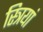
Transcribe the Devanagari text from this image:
स्‍त्रियां